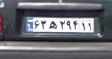
۶۳ه۲۹۴۱۱